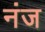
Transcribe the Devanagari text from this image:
नंज